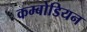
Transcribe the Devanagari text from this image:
कम्बोडियन